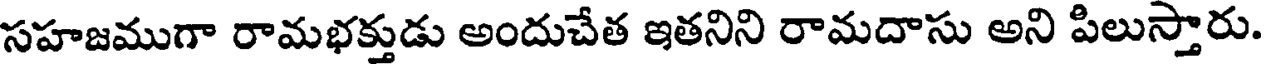
సహజముగా రామభక్తుడు అందుచేత ఇతనిని రామదాసు అని పిలుస్తారు.